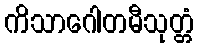
ကိသာဂေါတမီသုတ္တံ